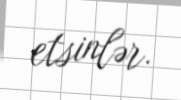
etsinlər.